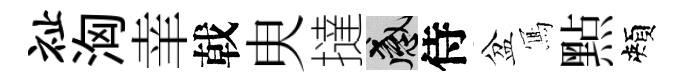
祉洶𦍒戟㬰撻感侍盆𭂁㸃頰